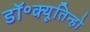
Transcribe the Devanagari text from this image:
डॉ॰क्यूतिन्हो